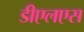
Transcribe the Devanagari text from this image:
डीएलएस